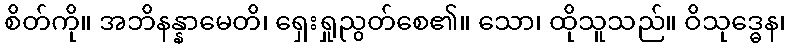
စိတ်ကို။ အဘိနန္နာမေတိ၊ ရှေးရှုညွတ်စေ၏။ သော၊ ထိုသူသည်။ ဝိသုဒ္ဓေန၊